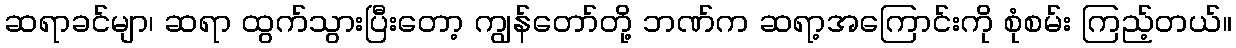
ဆရာခင်မျာ၊ ဆရာ ထွက်သွားပြီးတော့ ကျွန်တော်တို့ ဘဏ်က ဆရာ့အကြောင်းကို စုံစမ်း ကြည့်တယ်။